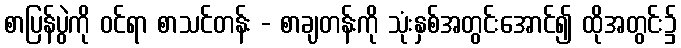
စာပြန်ပွဲကို ဝင်ရာ စာသင်တန်း - စာချတန်းကို သုံးနှစ်အတွင်းအောင်၍ ထိုအတွင်း၌